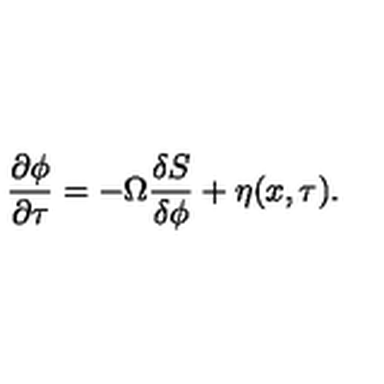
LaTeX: \frac { \partial \phi } { \partial \tau } = - \Omega \frac { \delta S } { \delta \phi } + \eta ( x , \tau ) .